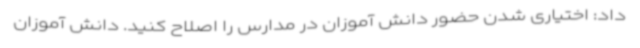
داد: اختیاری شدن حضور دانش آموزان در مدارس را اصلاح کنید. دانش آموزان